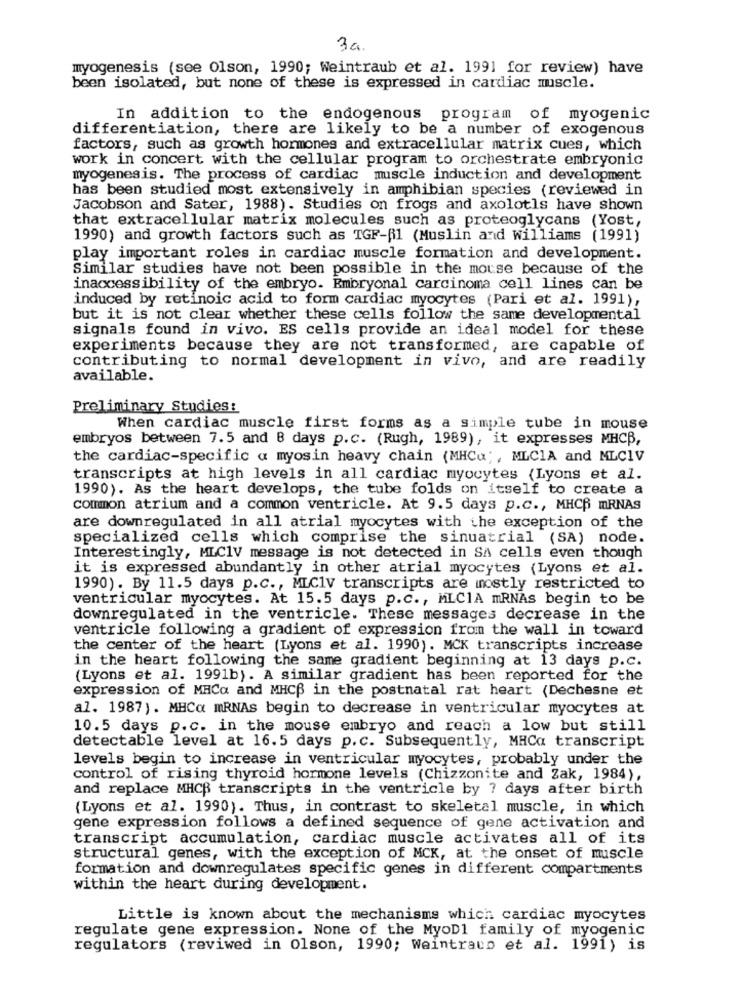
34.
myogenesis (see Olson, 1990; Weintraub et al. 1991 for review) have
been isolated, but none of these is expressed in cardiac muscle.
In addition to the endogenous program of myogenic
differentiation, there are likely to be a number of exogenous
factors, such as growth hormones and extracellular matrix cues, which
work in concert with the cellular program to orchestrate embryonic
myogenesis. The process of cardiac muscle induction and development
has been studied most extensively in amphibian species (reviewed in
Jacobson and Sater, 1988). Studies on frogs and axolotls have shown
that extracellular matrix molecules such as proteoglycans (Yost,
1990) and growth factors such as TGF-$1 (Muslin and williams (1991)
play important roles in cardiac muscle formation and development.
Similar studies have not been possible in the mouse because of the
inaccessibility of the embryo. Embryonal carcinoma cell lines can be
induced by retinoic acid to form cardiac myocytes (Pari et al. 1991),
but it is not clear whether these cells follow the same developmental
signals found in vivo. ES cells provide an ideal model for these
experiments because they are not transformed, are capable of
contributing to normal development in vivo, and are readily
available.
Preliminary Studies:
When cardiac muscle first forms as a simple tube in mouse
embryos between 7.5 and 8 days p.c. (Rugh, 1989), it expresses MHCB,
the cardiac-specific a myosin heavy chain (MHCu ;, MLCIA and MLCIV
transcripts at high levels in all cardiac myocytes (Lyons et al.
1990). As the heart develops, the tube folds on itself to create a
common atrium and a common ventricle. At 9.5 days p.c ., MHCß mRNAS
are downregulated in all atrial myocytes with the exception of the
specialized cells which comprise the sinuatrial (SA) node.
Interestingly, MLC1V message is not detected in SA cells even though
it is expressed abundantly in other atrial myocytes (Lyons et al.
1990). By 11.5 days p.c ., MLC1V transcripts are mostly restricted to
ventricular myocytes. At 15.5 days p.c ., MLCIA mRNAs begin to be
downregulated in the ventricle. These messages decrease in the
ventricle following a gradient of expression from the wall in toward
the center of the heart (Lyons et al. 1990). MCK transcripts increase
in the heart following the same gradient beginning at 13 days p.c.
(Lyons et al. 1991b). A similar gradient has been reported for the
expression of MHCa and MHCB in the postnatal rat heart (Dechesne et
al. 1987). MHCQ mRNAs begin to decrease in ventricular myocytes at
10.5 days p.c. in the mouse embryo and reach a low but still
detectable level at 16.5 days p. c. Subsequently, MHCa transcript
levels begin to increase in ventricular myocytes, probably under the
control of rising thyroid hormone levels (Chizzonite and Zak, 1984),
and replace MHCB transcripts in the ventricle by ? days after birth
(Lyons et al. 1990). Thus, in contrast to skeletal muscle, in which
gene expression follows a defined sequence of gene activation and
transcript accumulation, cardiac muscle activates all of its
structural genes, with the exception of MCK, at the onset of muscle
formation and downregulates specific genes in different compartments
within the heart during development.
Little is known about the mechanisms which cardiac myocytes
regulate gene expression. None of the MyoD1 family of myogenic
regulators (reviwed in Olson, 1990; Weintraus et al. 1991) is